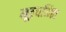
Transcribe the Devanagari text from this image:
मूल्यनिष्ठा